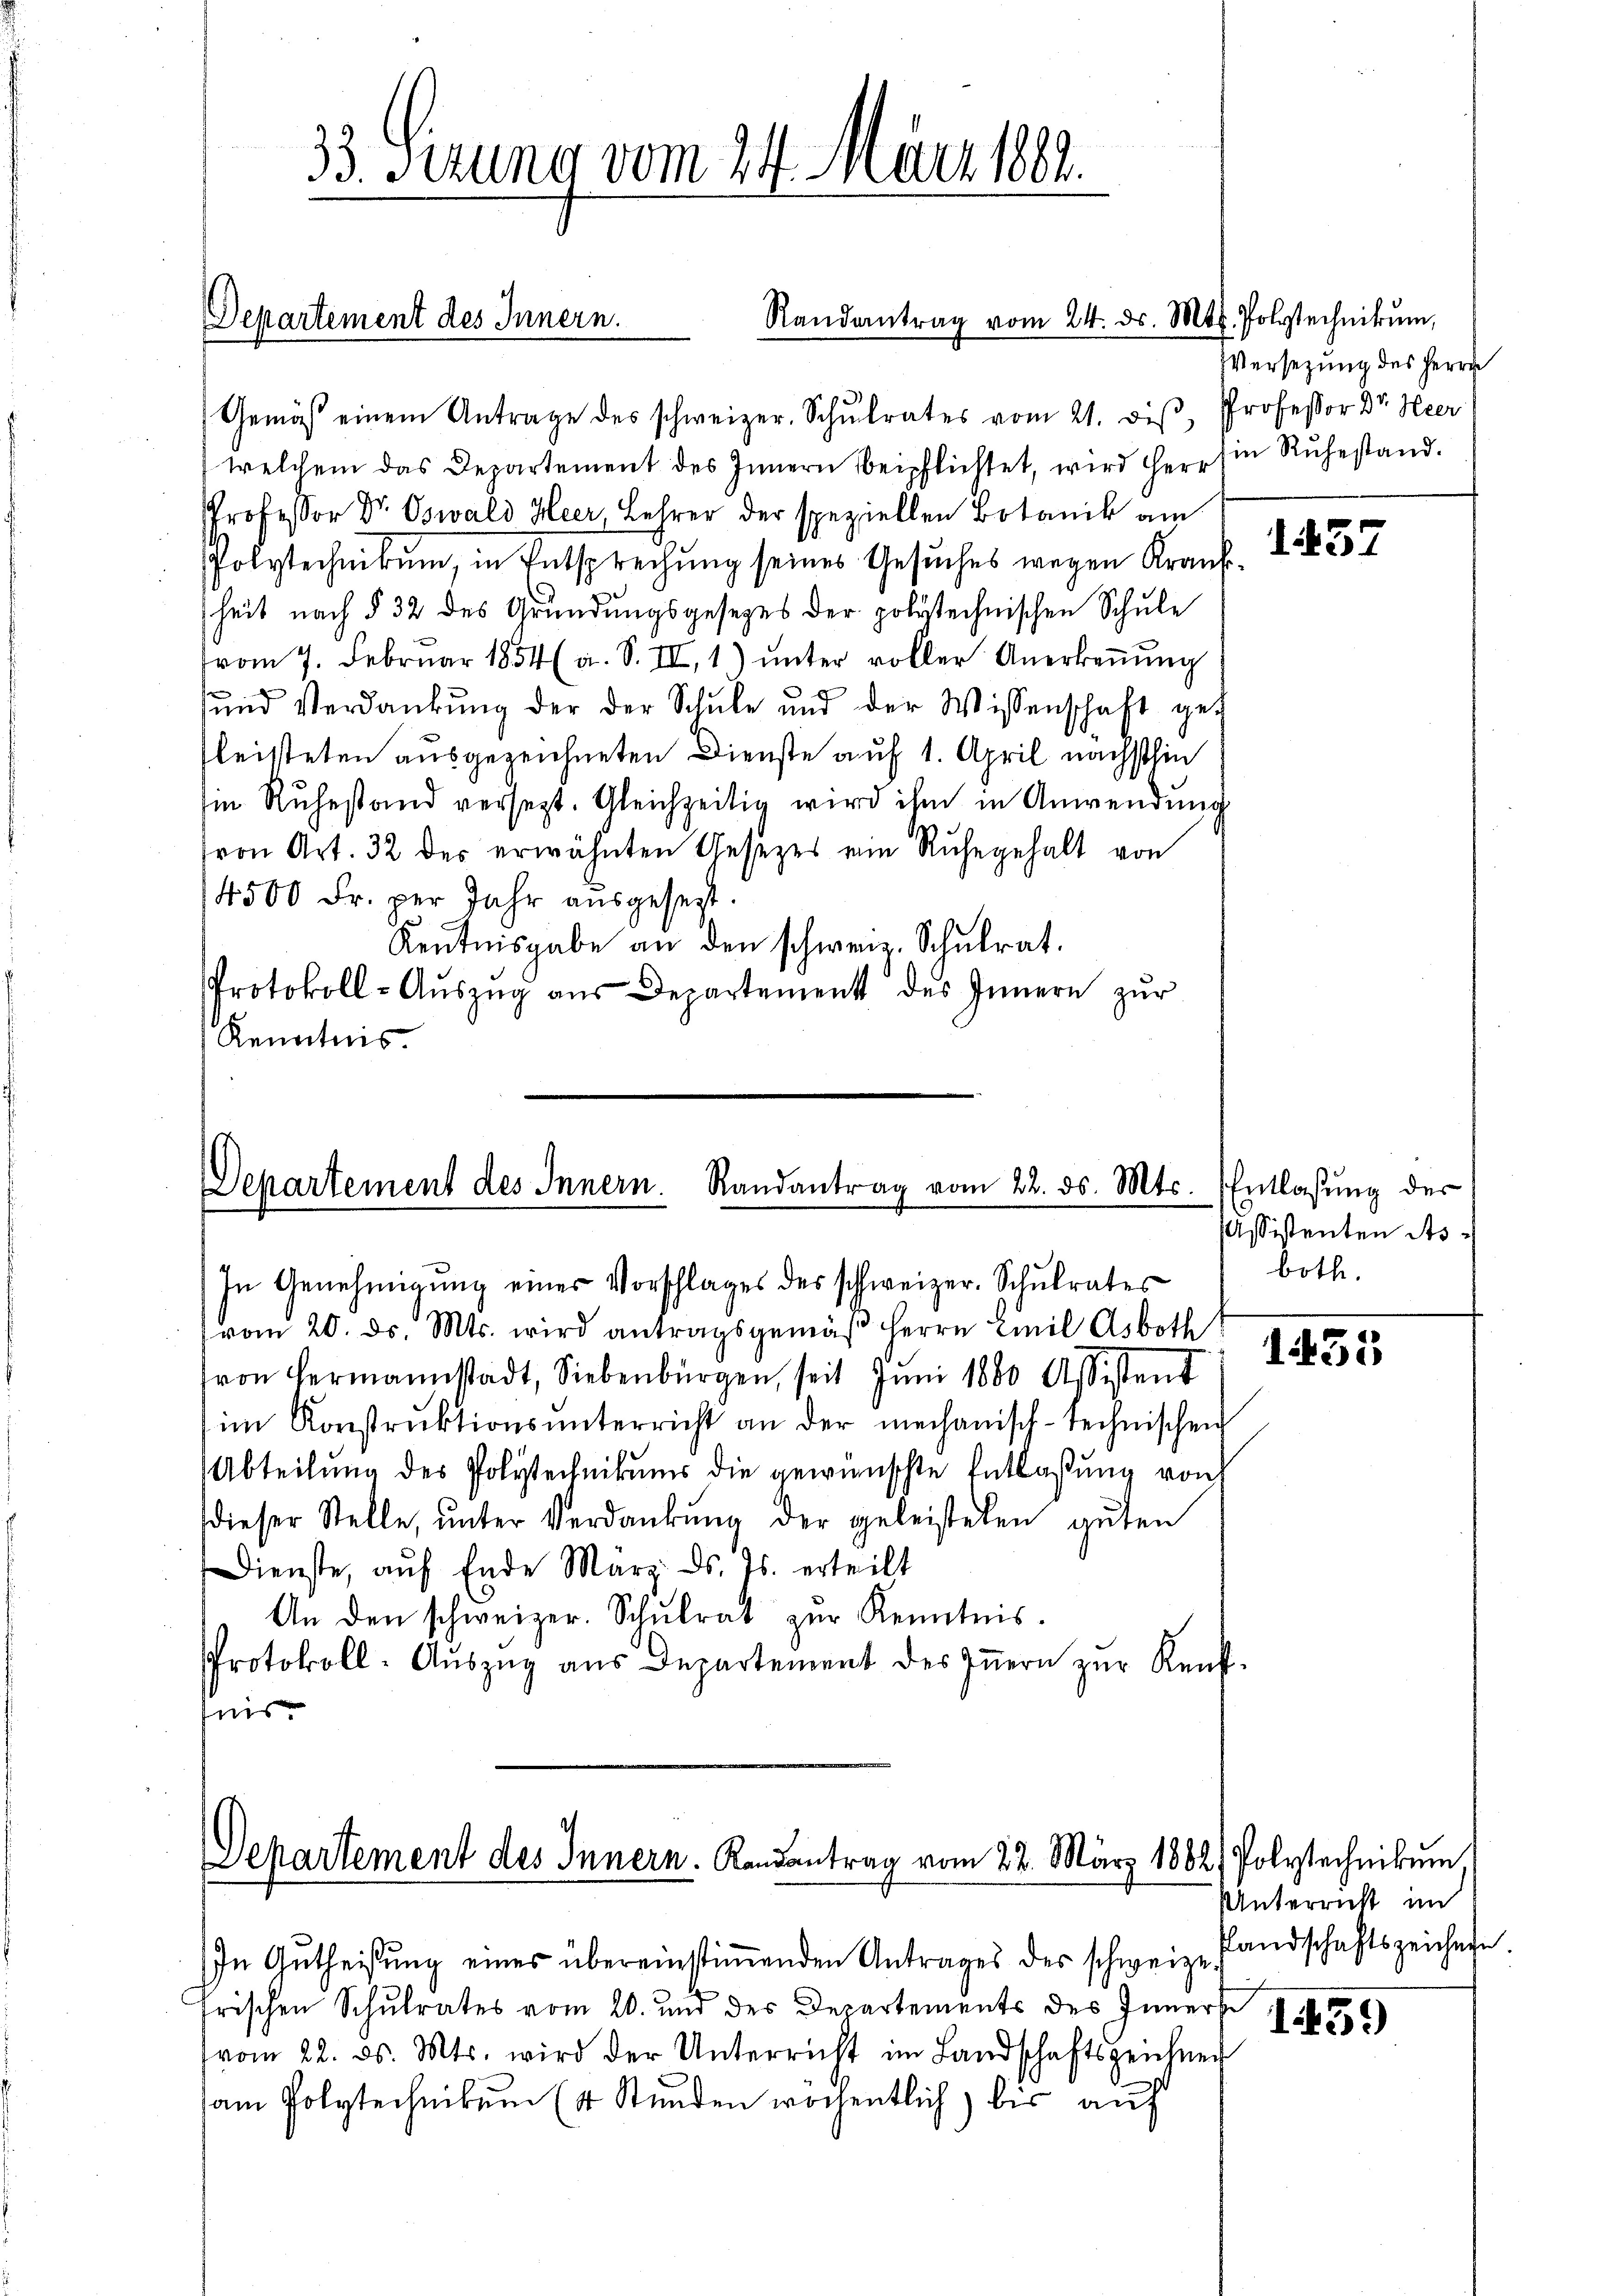
Randantrag vom 24. ds. Mts. Polytechnikum,
Departement des Innern.

33. Sizung vom 24. März 1882.

Gemäß einem Antrage des schweizer. Schŭlrates vom 21. diβ, Professor Dr. Heer
welchem das Departement des Innern beipflichtet, wird herr sie Rŭhestand.
Professor Dr. Oswald Heer, Lehrer der speziellen Botanik am
Polytechnikum, in Entsprechung seines Gesuches wegen Krankheit nach § 32 des Gründungsgesezes der polytechnischen Schule
vom 7. Febrŭar 1854 (a. S. II, 1) ŭnter roller Anerkeṅŭng
sund Verdankŭng der der Schŭle und der Wissenschaft gefleisteten ausgezeichneten Dienste auf 1. April nächsthin
Ein Ruhestand versezt. Gleichzeitig wird ihm in Anwendung
von Art. 32 des erwähnten Gesezes ein Ruhegehalt von
14500 Fr. per Jahr ausgesezt.
Kentnisgabe an den schweiz. Schulrat.
Protokoll-Aŭszŭg aŭs Departement des Innern zŭr
Kenntnis

In Genehmigung einer Vorschlages des schweizer. Schulrates
vom 20. ds. Mts. wird antragsgemäβ Herrn Emil Asboth
von Hermannstadt, Siebenbürgen, seit Jŭni 1880 Assistent
im Konstrŭktionsŭnterricht an der mechanisch-technischen
Abteilung des Polytechnikums die gewünschte Entlaßung von
dieser Stelle, ŭnter Verdankŭng der geleisteten gŭten
Dienste, aŭf Ende März d. Js. erteilt
An den schweizer. Schŭlrat zŭr Kenntnis.
Protokoll-Aŭszŭg aŭs Departement des Iṅern zŭr Kenf-
tnis

Departement des Innern. Randantrag vom 22. ds. Mts.

e

Departement des Innern. Landantrag vom 22. März 1882 Polytechnikum

In Gŭtheisŭng eines übereinstiṁenden Antrages des schweize fandschaftszeichne
frischen Schulrates vom 20. und des Departements des Inners
(vom 22. ds. Mts. wird der Unterricht im Landschaftszeichnen
am Polytechnikum (4 Stunden wöchentlich) bis auf

Versezung des Herrn

1437

Entlassung der
Assistenten Asboth.

1455

Unterricht im
1459